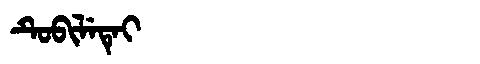
Manchu: ᡨᡠᠪᡳᠯᡝᡨᡝᡳ
Romanization: TUBILETEI